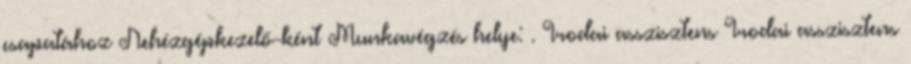
csapatához Nehézgépkezelő-ként Munkavégzés helye: . Irodai asszisztens Irodai asszisztens